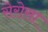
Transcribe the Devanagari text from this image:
सेरोसा